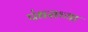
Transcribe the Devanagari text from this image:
पंधराच्या